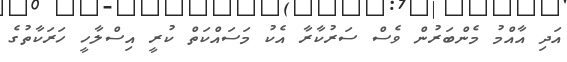
އަދި އާއްމު މެންބަރުން ވެސް ސަރުކާރާ އެކު މަސައްކަތް ކުރީ އިސްލާހީ ހަރަކާތުގެ